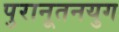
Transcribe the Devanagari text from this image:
पुरानूतनयुग